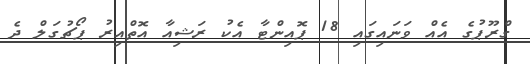
ގްރޫޕުގެ އެއް ވަނައިގައި 18 ޕޮއިންޓާ އެކު ރަޝިއާ އޮތްއިރު ޕޯޗުގަލް ދެ